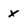
Character: X